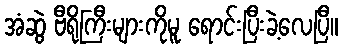
အံဆွဲ ဗီရိုကြီးများကိုမူ ရောင်းပြီးခဲ့လေပြီ။